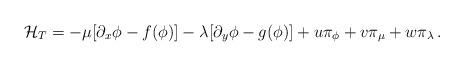
LaTeX: \begin{align*}{\cal H}_T=-\mu[\partial_x\phi-f(\phi)]-\lambda[\partial_y\phi-g(\phi)]+u\pi_\phi+v\pi_\mu+w\pi_\lambda\,.\end{align*}